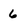
Character: 6